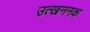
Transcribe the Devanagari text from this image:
उत्खननक